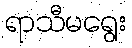
ရာသီမရွေး